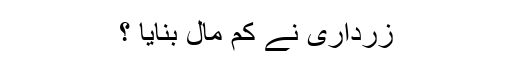
زرداری نے کم مال بنایا ؟